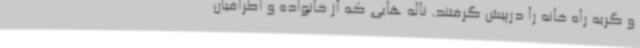
و گریه راه خانه را درپیش گرفتند. ناله هایی که از خانواده و اطرافیان